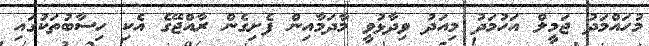
މުހައްމަދު ޖަމީލް އަހުމަދު މިއަދު ވިދާޅުވީ މާދަމާއިން ފެށިގެން ރާއްޖޭގެ އެކި ހިސާބުތަކުގައި